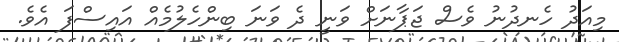
މިއަދު ހެނދުނު ވެސް ޖަޕާނަށް ވަނީ ދެ ވަނަ ބިންހެލުމެއް އައިސްފަ އެވެ.